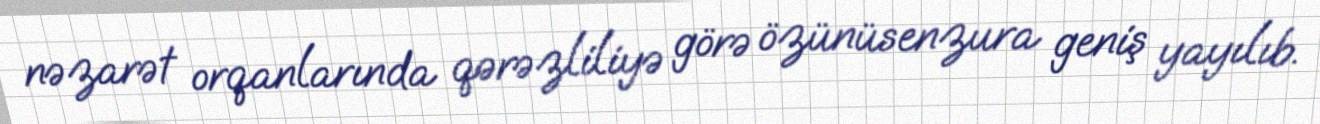
nəzarət orqanlarında qərəzliliyə görə özünüsenzura geniş yayılıb.